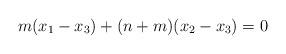
LaTeX: \begin{align*}m(x_1-x_3)+(n+m)(x_2-x_3)=0\end{align*}